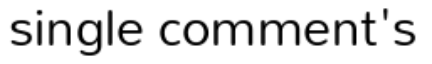
single comment's